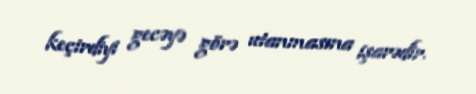
keçirdiyi gecəyə görə utanmasına işarədir.